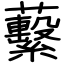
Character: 蘻